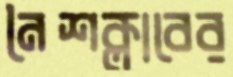
নৈশক্লাবের